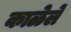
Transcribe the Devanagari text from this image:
काळेले